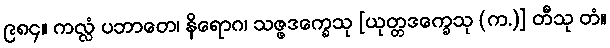
၉၈၄။ ကလ္လံ ပဘာတေ၊ နိရောဂ၊ သဇ္ဇဒက္ခေသု [ယုတ္တဒက္ခေသု (က.)] တီသု တံ။